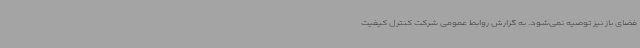
فضای باز نیز توصیه نمی‌شود. به گزارش روابط عمومی شرکت کنترل کیفیت